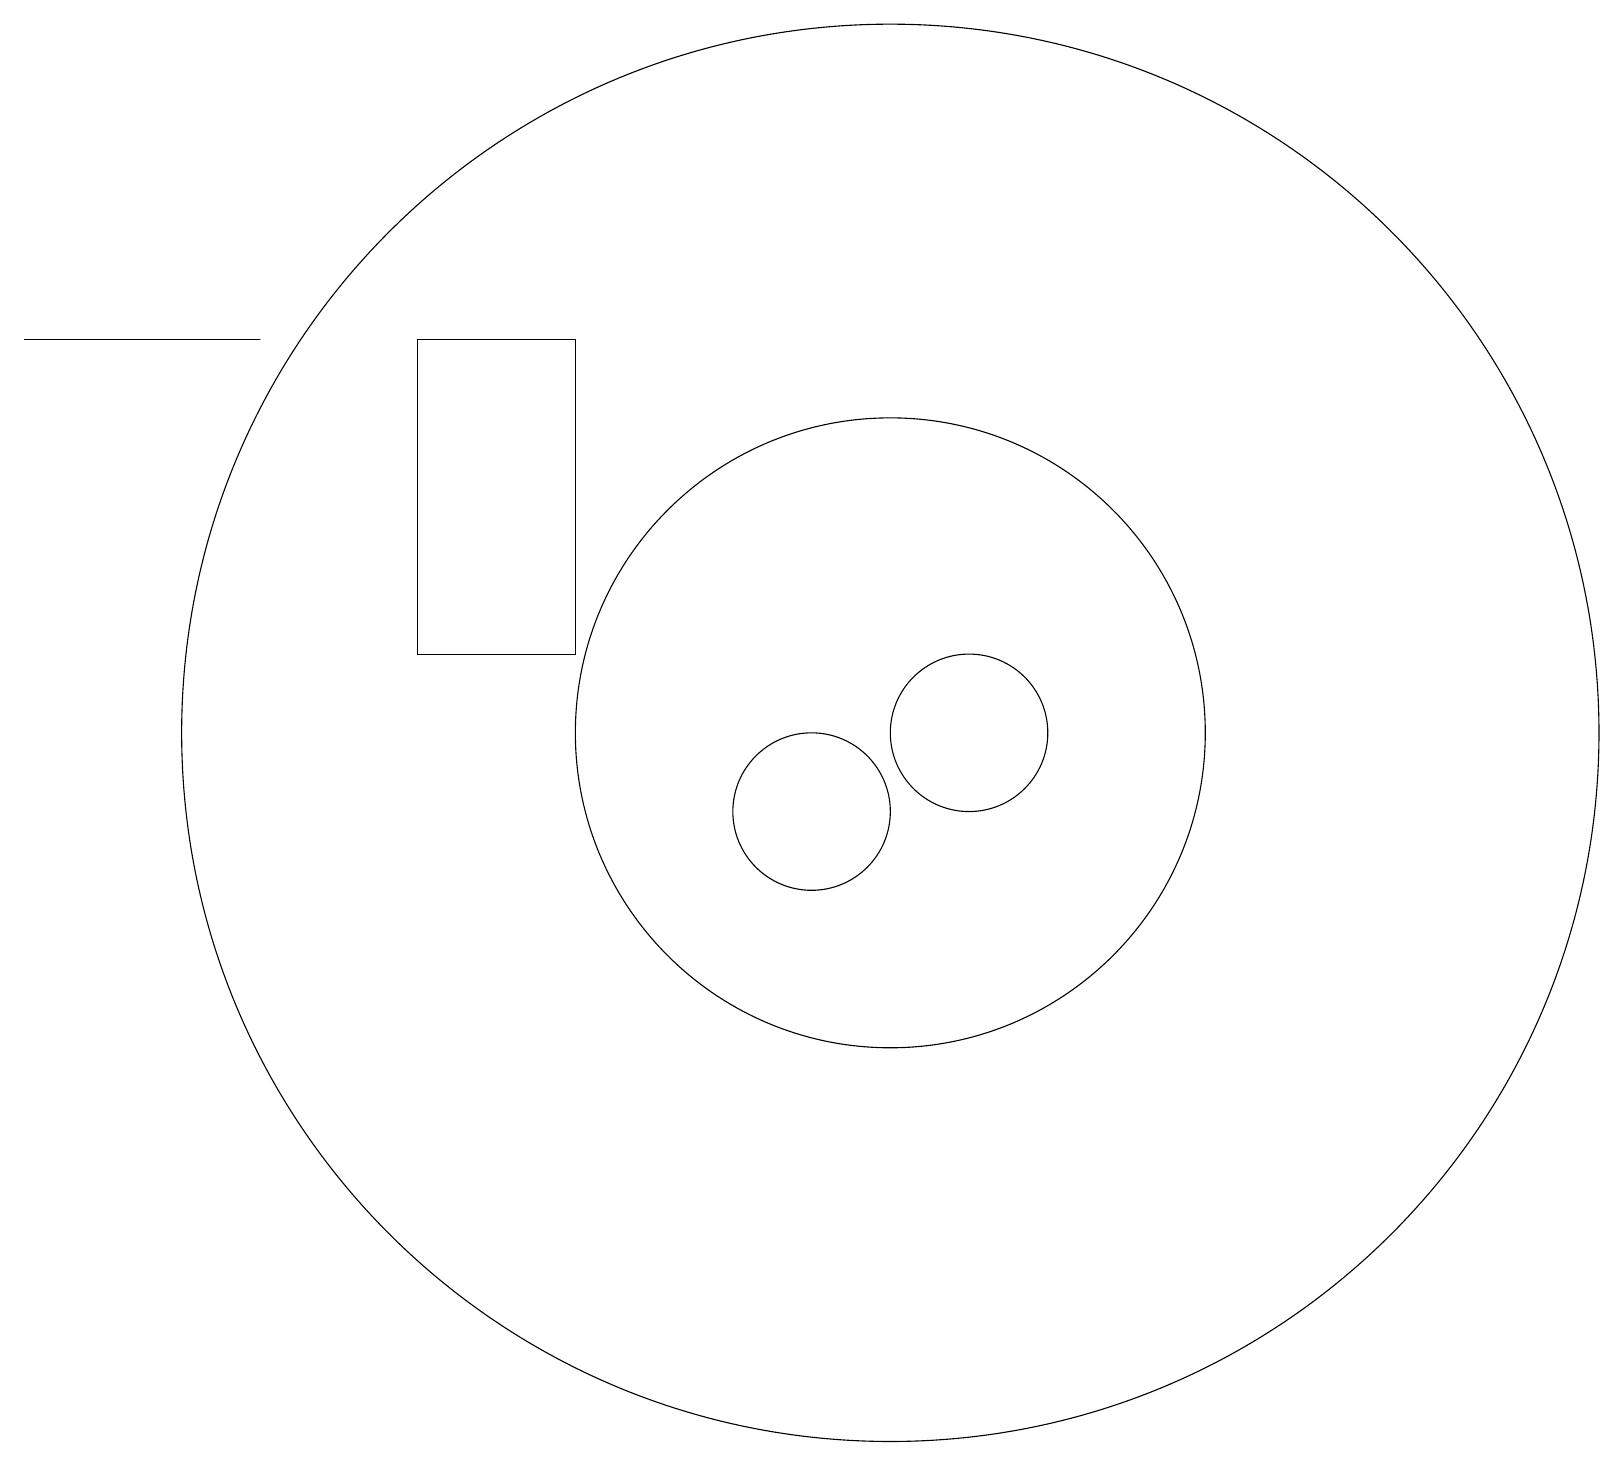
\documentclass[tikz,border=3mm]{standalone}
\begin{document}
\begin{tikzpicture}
\draw (11,11) circle (9);
\draw (10,10) circle (1);
\draw (11,10) circle (0);
\draw (12,11) circle (1);
\draw (11,11) circle (4);
\draw (0,16) rectangle (3,16);
\draw (5,12) rectangle (7,16);
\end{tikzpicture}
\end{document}